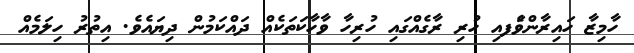
ހާމިޒާ ހައިރާންވެަފއި ހުރި ރާގެއްގައި ހުރިހާ ވާހާކަތަކެއް ދައްކަމުން ދިޔައެވެ. އިތުރު ހިލަމެއް